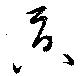
貢